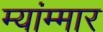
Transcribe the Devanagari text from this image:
म्यांम्मार